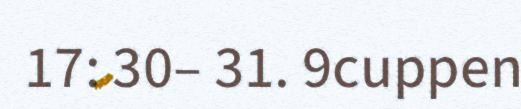
17: 30– 31. 9cuppen